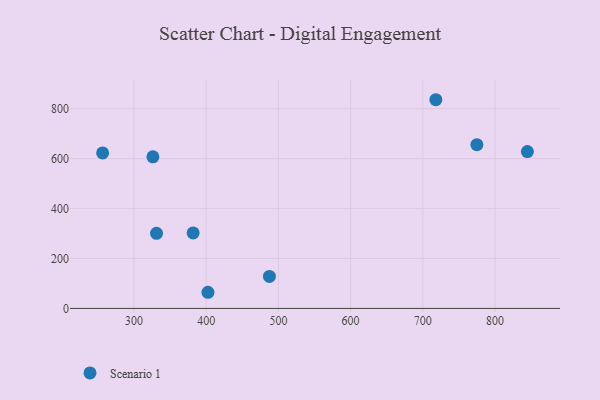
{"axis": {"x": "Study Hours", "y": "Sales"}, "legend": ["Scenario 1"], "data": [{"x": "487.6", "y": 128.2, "type": "Scenario 1"}, {"x": "256.7", "y": 622.9, "type": "Scenario 1"}, {"x": "331.3", "y": 300.9, "type": "Scenario 1"}, {"x": "402.5", "y": 64.7, "type": "Scenario 1"}, {"x": "844.7", "y": 628.3, "type": "Scenario 1"}, {"x": "774.8", "y": 655.9, "type": "Scenario 1"}, {"x": "718.0", "y": 836.0, "type": "Scenario 1"}, {"x": "326.3", "y": 607.1, "type": "Scenario 1"}, {"x": "382.0", "y": 302.3, "type": "Scenario 1"}]}